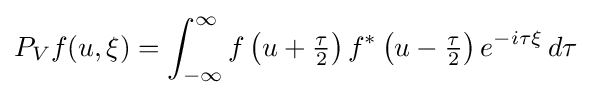
P_{V}f(u,\xi )=\int _{-\infty }^{\infty }f\left(u+{\tfrac {\tau }{2}}\right)f^{*}\left(u-{\tfrac {\tau }{2}}\right)e^{-i\tau \xi }\,d\tau